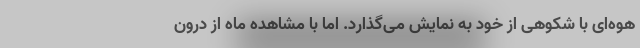
هوه‌ای با شکوهی از خود به نمایش می‌گذارد. اما با مشاهده ماه از درون